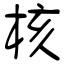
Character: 核